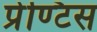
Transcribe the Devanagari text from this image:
प्रेण्टिस